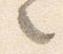
之